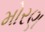
મોરણ